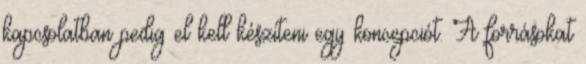
kapcsolatban pedig el kell készíteni egy koncepciót. A forrásokat